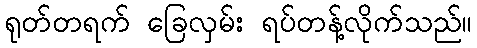
ရုတ်တရက် ခြေလှမ်း ရပ်တန့်လိုက်သည်။